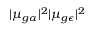
| \mu _ { g \alpha } | ^ { 2 } | \mu _ { g \epsilon } | ^ { 2 }